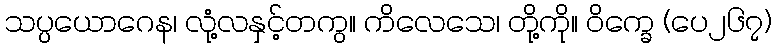
သပ္ပယောဂေန၊ လုံ့လနှင့်တကွ။ ကိလေသေ၊ တို့ကို။ ဝိက္ခေ (ပေ၂၆၇)